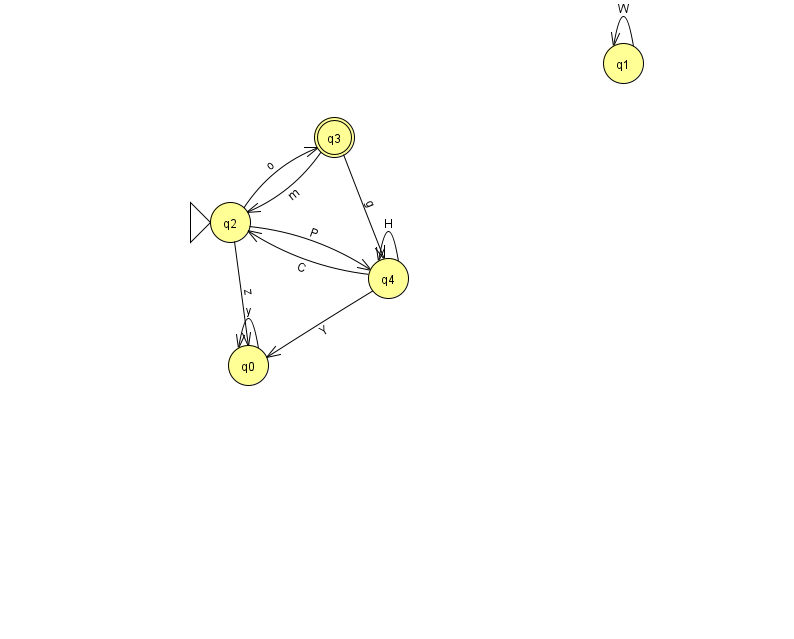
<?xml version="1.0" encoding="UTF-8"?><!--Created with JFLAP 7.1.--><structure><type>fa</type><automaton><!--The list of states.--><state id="0" name="q0"><x>248.0</x><y>352.0</y></state><state id="1" name="q1"><x>623.0</x><y>50.0</y></state><state id="2" name="q2"><x>230.0</x><y>209.0</y><initial/></state><state id="3" name="q3"><x>334.0</x><y>124.0</y><final/></state><state id="4" name="q4"><x>388.0</x><y>265.0</y></state><!--The list of transitions.--><transition><from>4</from><to>2</to><read>C</read></transition><transition><from>2</from><to>4</to><read>P</read></transition><transition><from>3</from><to>4</to><read>g</read></transition><transition><from>1</from><to>1</to><read>W</read></transition><transition><from>4</from><to>4</to><read>H</read></transition><transition><from>0</from><to>0</to><read>y</read></transition><transition><from>4</from><to>0</to><read>Y</read></transition><transition><from>2</from><to>0</to><read>z</read></transition><transition><from>3</from><to>2</to><read>m</read></transition><transition><from>2</from><to>3</to><read>o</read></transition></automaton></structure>